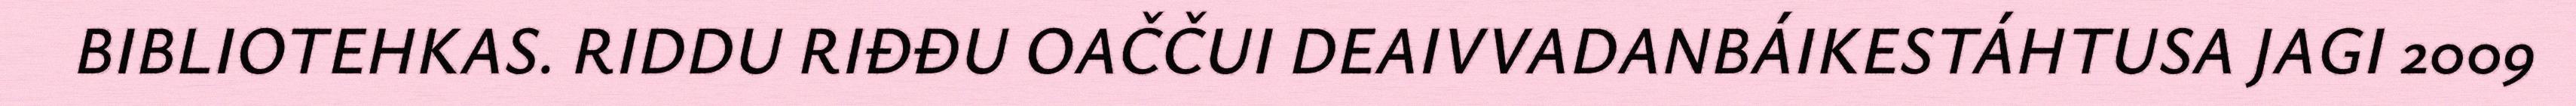
BIBLIOTEHKAS. RIDDU RIĐĐU OAČČUI DEAIVVADANBÁIKESTÁHTUSA JAGI 2009